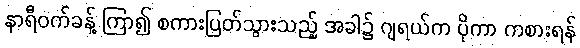
နာရီဝက်ခန့် ကြာ၍ စကားပြတ်သွားသည့် အခါ၌ ဂျရယ်က ပိုကာ ကစားရန်